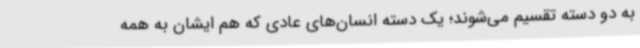
به دو دسته تقسیم می‌شوند؛ یک دسته انسان‌های عادی که هم ایشان به همه